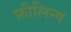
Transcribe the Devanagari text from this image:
फ़ीलिन्ग